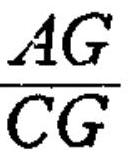
\(\frac{AG}{CG}\)